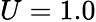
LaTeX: U=1.0